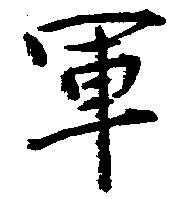
軍